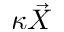
\kappa \vec { X }